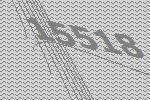
15518